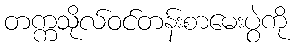
တက္ကသိုလ်ဝင်တန်းစာမေးပွဲကို